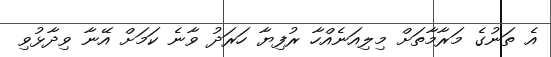
އެ ތަނުގެ މަރާމާތަށް މިލިއަނެއްހާ ރުފިޔާ ހަރަދު ވާނެ ކަމަށް އޭނާ ވިދާޅުވި